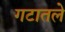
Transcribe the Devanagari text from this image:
गटातले